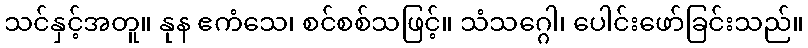
သင်နှင့်အတူ။ နုန ဧကံသေ၊ စင်စစ်သဖြင့်။ သံသဂ္ဂေါ၊ ပေါင်းဖော်ခြင်းသည်။